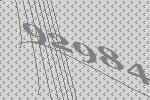
92984